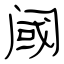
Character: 阈